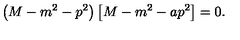
\left( M - m ^ { 2 } - p ^ { 2 } \right) \left[ M - m ^ { 2 } - a p ^ { 2 } \right] = 0 .